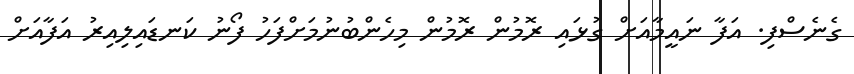
ގެނެސްފި. އަފާ ނައީމާއަށް ގުޅައި ރޮމުން ރޮމުން މިހެންބުނުމަށްފަހު ފޯނު ކަނޑައިލިއިރު އަފާއަށް